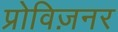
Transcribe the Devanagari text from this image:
प्रोविज़नर